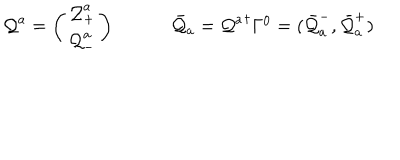
\begin{array} { c c } { { { \cal Q } ^ { a } = \left( \begin{array} { c } { { { \cal Q } _ { + } ^ { a } } } \\ { { { \cal Q } _ { - } ^ { a } } } \\ \end{array} \right) ~ } } & { { ~ \bar { { \cal Q } } _ { a } = { { \cal Q } ^ { a } } ^ { \dagger } \Gamma ^ { 0 } = ( \bar { { \cal Q } } _ { a } ^ { - } , \bar { { \cal Q } } _ { a } ^ { + } ) } } \\ \end{array}